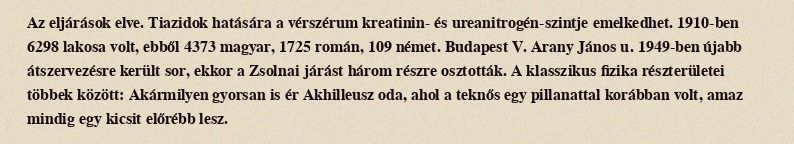
Az eljárások elve. Tiazidok hatására a vérszérum kreatinin- és ureanitrogén-szintje emelkedhet. 1910-ben 6298 lakosa volt, ebből 4373 magyar, 1725 román, 109 német. Budapest V. Arany János u. 1949-ben újabb átszervezésre került sor, ekkor a Zsolnai járást három részre osztották. A klasszikus fizika részterületei többek között: Akármilyen gyorsan is ér Akhilleusz oda, ahol a teknős egy pillanattal korábban volt, amaz mindig egy kicsit előrébb lesz.